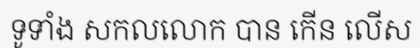
ទូទាំង សកលលោក បាន កើន លើស